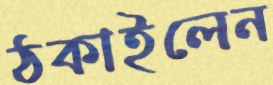
ঠকাইলেন